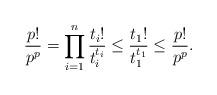
LaTeX: \begin{align*}\frac{p!}{p^p} = \prod_{i = 1}^n\frac{t_i!}{t_i^{t_i}} \leq \frac{t_1!}{t_1^{t_1 }} \leq \frac{p!}{p^p}.\end{align*}